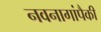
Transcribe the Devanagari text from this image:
नवनागांपैकी